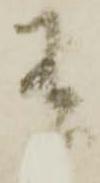
有